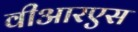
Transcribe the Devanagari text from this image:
वीआरएस